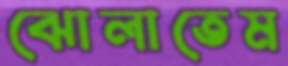
ঝোলাতেম